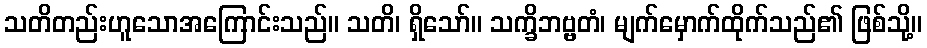
သတိတည်းဟူသောအကြောင်းသည်။ သတိ၊ ရှိသော်။ သက္ခိဘဗ္ဗတံ၊ မျက်မှောက်ထိုက်သည်၏ ဖြစ်သို့။